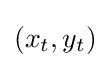
(x_{t},y_{t})